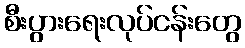
စီးပွားရေးလုပ်ငန်းတွေ